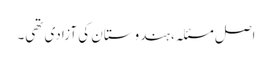
اصل مسئلہ، ہندوستان کی آزادی تھی۔